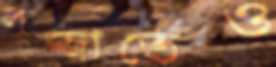
লজ্জাতেও